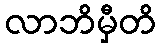
လာဘိမှီတိ